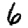
Digit: 6